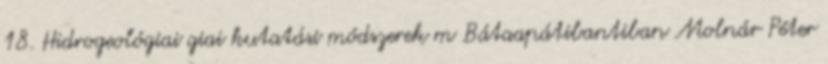
18. Hidrogeológiai giai kutatási módszerek m Bátaapátibantiban Molnár Péter